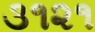
૩૧૨૧